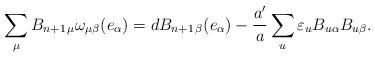
LaTeX: \begin{align*}\sum_{\mu}B_{n+1\,\mu}\omega_{\mu\beta}(e_\alpha)=dB_{n+1\,\beta}(e_{\alpha})-\frac{a'}{a}\sum_{u}\varepsilon_{u}B_{u\alpha}B_{u\beta}.\end{align*}